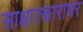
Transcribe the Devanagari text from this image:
साक्षात्कारावर